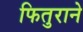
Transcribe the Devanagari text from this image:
फितुराने